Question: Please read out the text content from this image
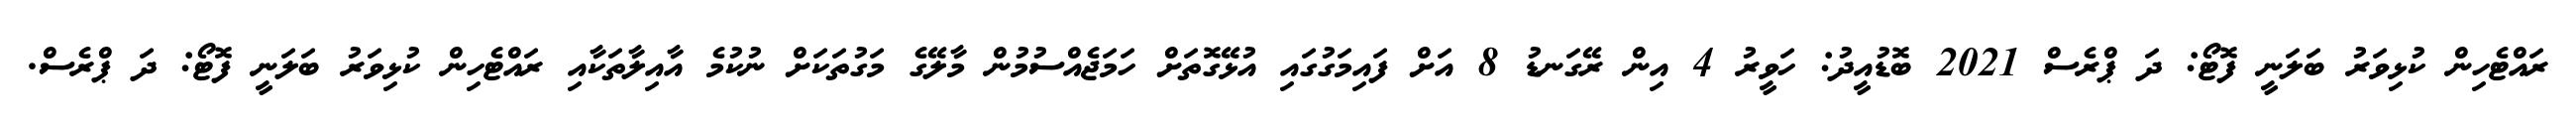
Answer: ރައްޓެހިން ކުޅިވަރު ބަލަނީ ފޮޓޯ: ދަ ޕްރެސް 2021 ބޮޑުއީދު: ހަވީރު 4 އިން ރޭގަނޑު 8 އަށް ފައިމަގުގައި އުޅޭގޮތަށް ހަމަޖެއްސުމުން މާލޭގެ މަގުތަކަށް ނުކުމެ އާއިލާތަކާއި ރައްޓެހިން ކުޅިވަރު ބަލަނީ ފޮޓޯ: ދަ ޕްރެސް.